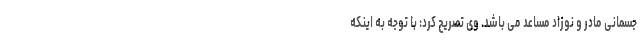
جسمانی مادر و نوزاد مساعد می باشد. وی تصریح کرد: با توجه به اینکه